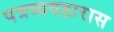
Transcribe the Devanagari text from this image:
पत्रव्यवहारास